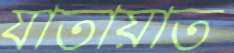
যাতায়াত